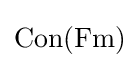
{\rm {Con}}({\rm {Fm}})